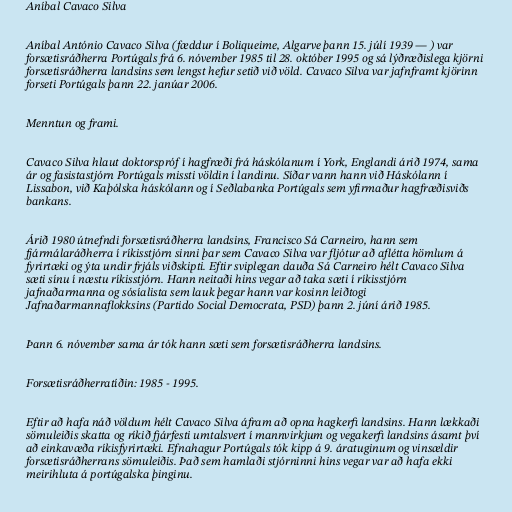
Aníbal Cavaco Silva

Aníbal António Cavaco Silva (fæddur í Boliqueime, Algarve þann 15. júlí 1939 — ) var
forsætisráðherra Portúgals frá 6. nóvember 1985 til 28. október 1995 og sá lýðræðislega kjörni
forsætisráðherra landsins sem lengst hefur setið við völd. Cavaco Silva var jafnframt kjörinn
forseti Portúgals þann 22. janúar 2006.

Menntun og frami.

Cavaco Silva hlaut doktorspróf í hagfræði frá háskólanum í York, Englandi árið 1974, sama
ár og fasistastjórn Portúgals missti völdin í landinu. Síðar vann hann við Háskólann í
Lissabon, við Kaþólska háskólann og í Seðlabanka Portúgals sem yfirmaður hagfræðisviðs
bankans.

Árið 1980 útnefndi forsætisráðherra landsins, Francisco Sá Carneiro, hann sem
fjármálaráðherra í ríkisstjórn sinni þar sem Cavaco Silva var fljótur að aflétta hömlum á
fyrirtæki og ýta undir frjáls viðskipti. Eftir sviplegan dauða Sá Carneiro hélt Cavaco Silva
sæti sínu í næstu ríkisstjórn. Hann neitaði hins vegar að taka sæti í ríkisstjórn
jafnaðarmanna og sósíalista sem lauk þegar hann var kosinn leiðtogi
Jafnaðarmannaflokksins (Partido Social Democrata, PSD) þann 2. júní árið 1985.

Þann 6. nóvember sama ár tók hann sæti sem forsætisráðherra landsins.

Forsætisráðherratíðin: 1985 - 1995.

Eftir að hafa náð völdum hélt Cavaco Silva áfram að opna hagkerfi landsins. Hann lækkaði
sömuleiðis skatta og ríkið fjárfesti umtalsvert í mannvirkjum og vegakerfi landsins ásamt því
að einkavæða ríkisfyrirtæki. Efnahagur Portúgals tók kipp á 9. áratuginum og vinsældir
forsætisráðherrans sömuleiðis. Það sem hamlaði stjórninni hins vegar var að hafa ekki
meirihluta á portúgalska þinginu.